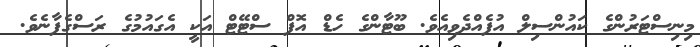
މިނިސްޓަރުންގެ ކައުންސިލް އުފެއްދެވިއެވެ. ބޫޓާންގެ ހެޑް އޮފް ސްޓޭޓް އަކީ އެގައުމުގެ ރަސްގެފާނެވެ.